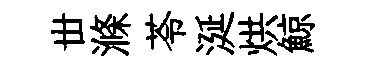
丗滌苓涎烘鯨